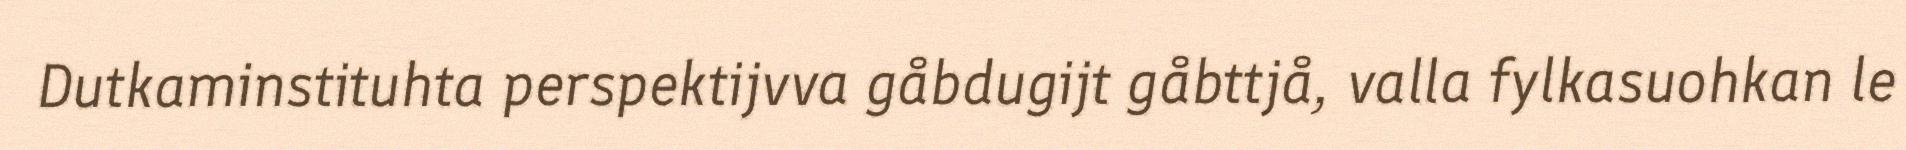
Dutkaminstituhta perspektijvva gåbdugijt gåbttjå, valla fylkasuohkan le